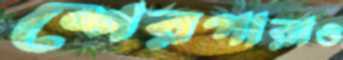
শেরপারাও